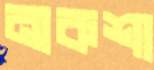
নাকশা